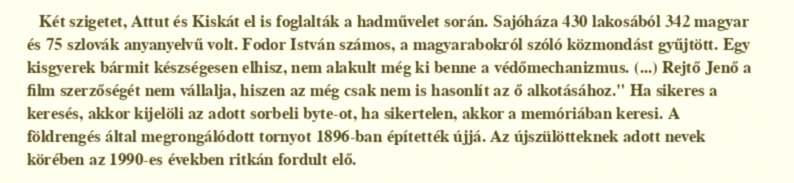
Két szigetet, Attut és Kiskát el is foglalták a hadművelet során. Sajóháza 430 lakosából 342 magyar és 75 szlovák anyanyelvű volt. Fodor István számos, a magyarabokról szóló közmondást gyűjtött. Egy kisgyerek bármit készségesen elhisz, nem alakult még ki benne a védőmechanizmus. (...) Rejtő Jenő a film szerzőségét nem vállalja, hiszen az még csak nem is hasonlít az ő alkotásához." Ha sikeres a keresés, akkor kijelöli az adott sorbeli byte-ot, ha sikertelen, akkor a memóriában keresi. A földrengés által megrongálódott tornyot 1896-ban építették újjá. Az újszülötteknek adott nevek körében az 1990-es években ritkán fordult elő.